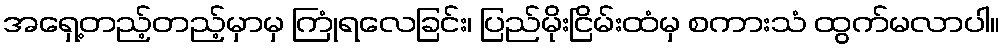
အရှေ့တည့်တည့်မှာမှ ကြုံရလေခြင်း၊ ပြည်မိုးငြိမ်းထံမှ စကားသံ ထွက်မလာပါ။